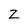
Character: z